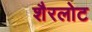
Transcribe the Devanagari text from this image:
शैरलोट